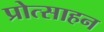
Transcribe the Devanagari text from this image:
प्रोत्साहन